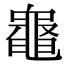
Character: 𪓝